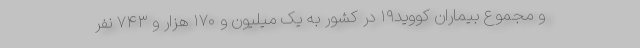
و مجموع بیماران کووید۱۹ در کشور به یک میلیون و ۱۷۰ هزار و ۷۴۳ نفر